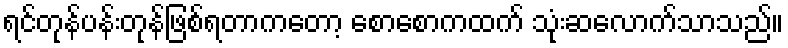
ရင်တုန်ပန်းတုန်ဖြစ်ရတာကတော့ စောစောကထက် သုံးဆလောက်သာသည်။